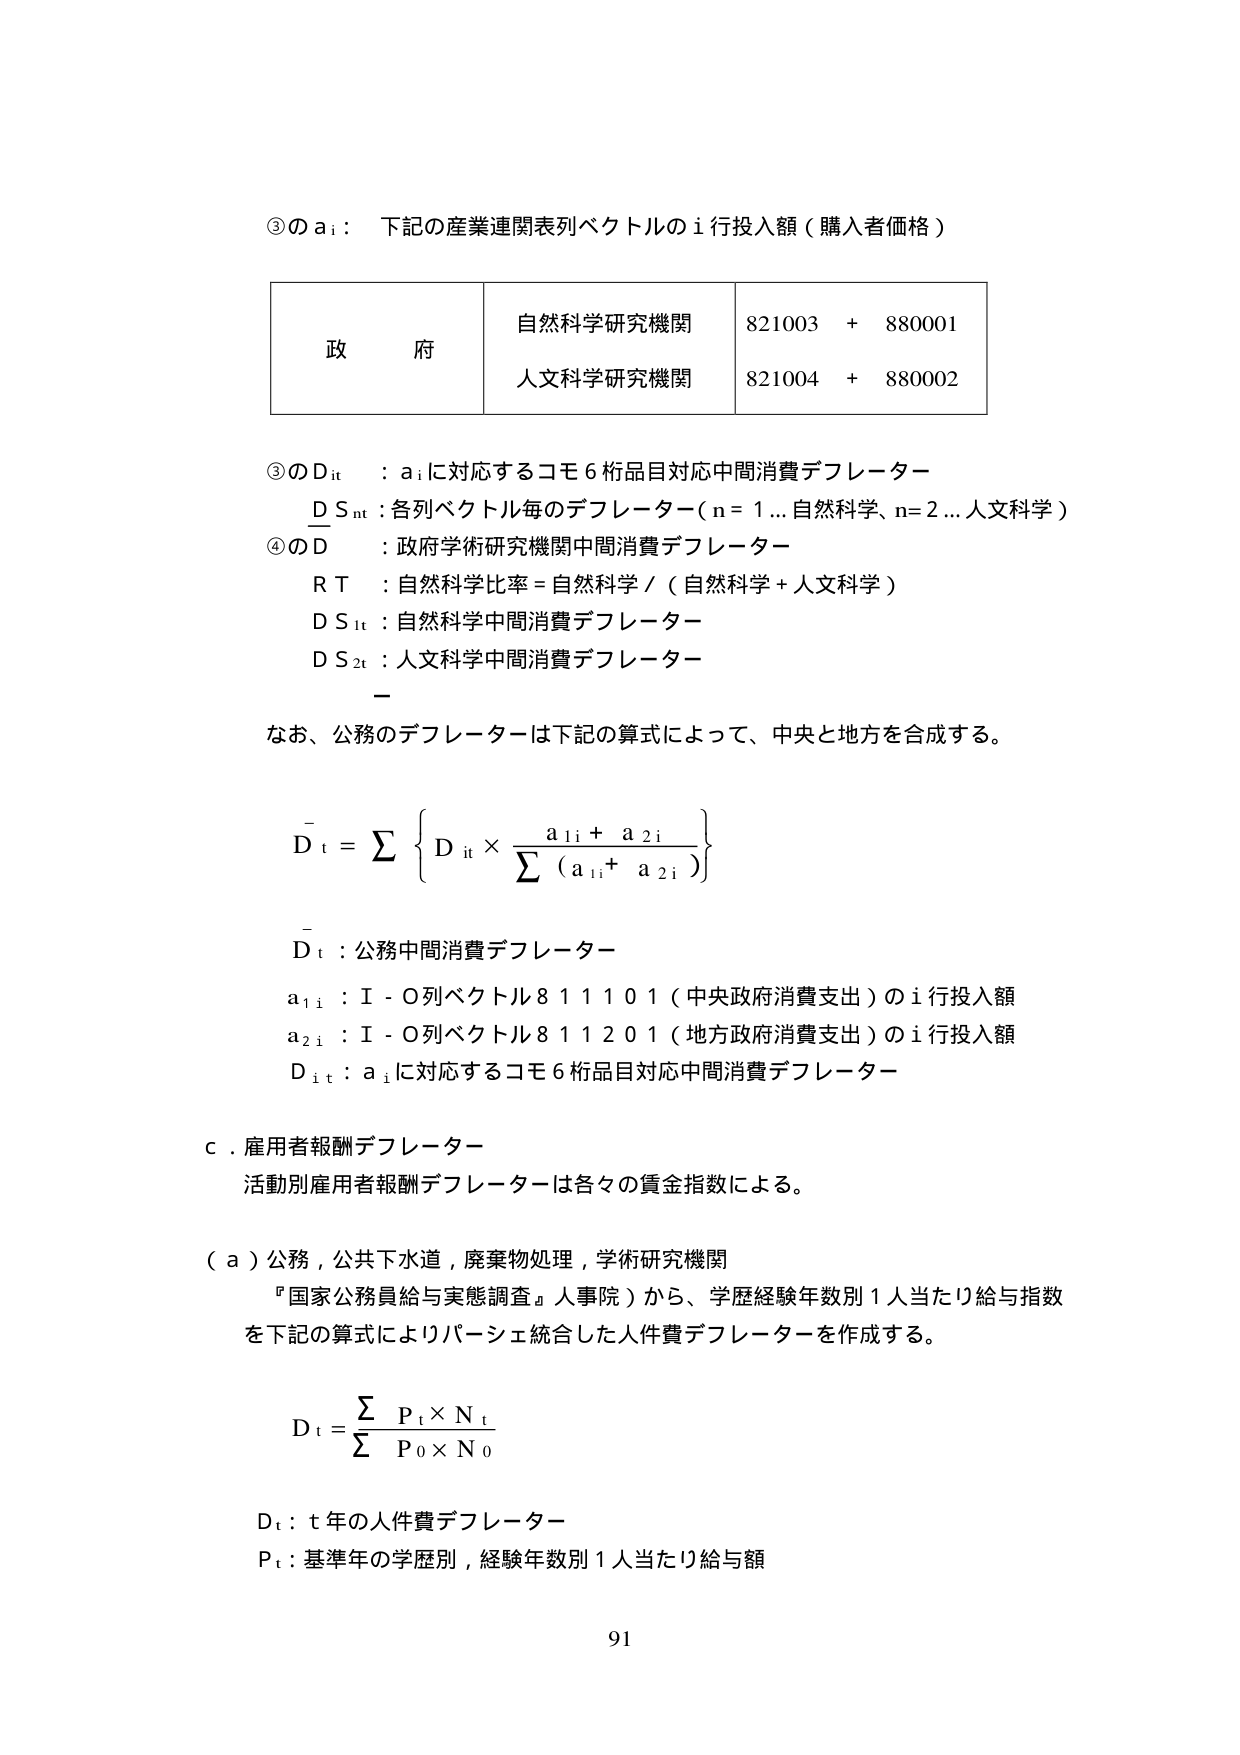
③の a_i：下記の産業連関表列ベクトルの i 行投入額（購入者価格）

| 政府 | 自然科学研究機関 | 821003 + 880001 |
|------|------------------|------------------|
|      | 人文科学研究機関 | 821004 + 880002 |

③の D_it ：a_i に対応するコモ6桁品目対応中間消費デフレーター
D_S_nt：各列ベクトル毎のデフレーター（n=1…自然科学、n=2…人文科学）
④の D ：政府学術研究機関中間消費デフレーター
R T ：自然科学比率 = 自然科学 / （自然科学 + 人文科学）
D_S_1t：自然科学中間消費デフレーター
D_S_2t：人文科学中間消費デフレーター

なお、公務のデフレーターは下記の算式によって、中央と地方を合成する。

D_t = Σ { D_it × (a_1i + a_2i) / Σ (a_1i + a_2i) }

D_t：公務中間消費デフレーター
a_1i：I-O列ベクトル811101（中央政府消費支出）のi行投入額
a_2i：I-O列ベクトル811201（地方政府消費支出）のi行投入額
D_it：a_i に対応するコモ6桁品目対応中間消費デフレーター

c．雇用者報酬デフレーター
活動別雇用者報酬デフレーターは各々の賃金指数による。

（a）公務，公共下水道，廃棄物処理，学術研究機関
『国家公務員給与実態調査』（人事院）から、学歴経験年数別1人当たり給与指数
を下記の算式によりバーシェ統合した人件費デフレーターを作成する。

D_t = Σ (P_t × N_t) / Σ (P_0 × N_0)

D_t：t年の人件費デフレーター
P_t：基準年の学歴別，経験年数別1人当たり給与額

91